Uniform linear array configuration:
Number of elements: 12
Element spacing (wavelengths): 0.25
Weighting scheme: blackman
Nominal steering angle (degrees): -30
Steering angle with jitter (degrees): -31.168
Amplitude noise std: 0.05
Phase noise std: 0.05

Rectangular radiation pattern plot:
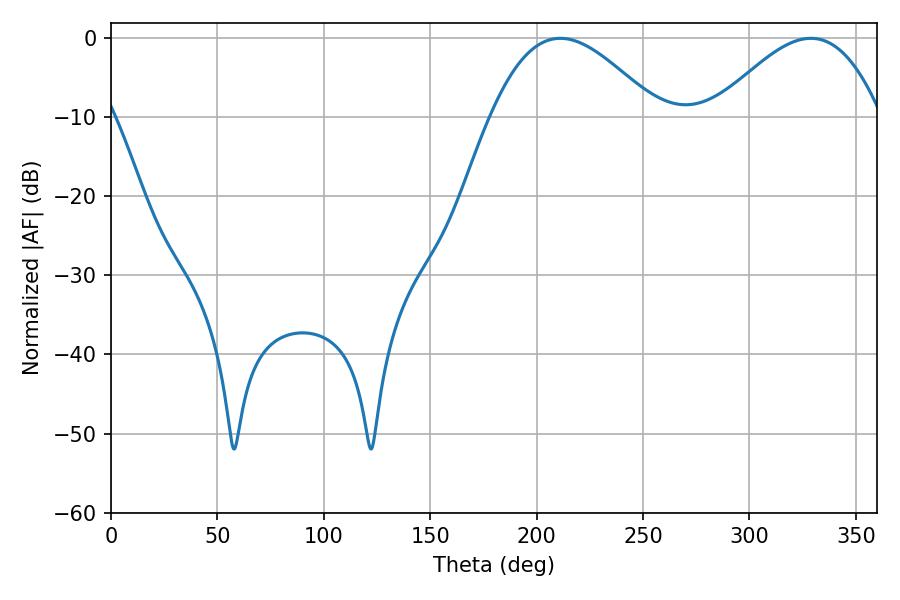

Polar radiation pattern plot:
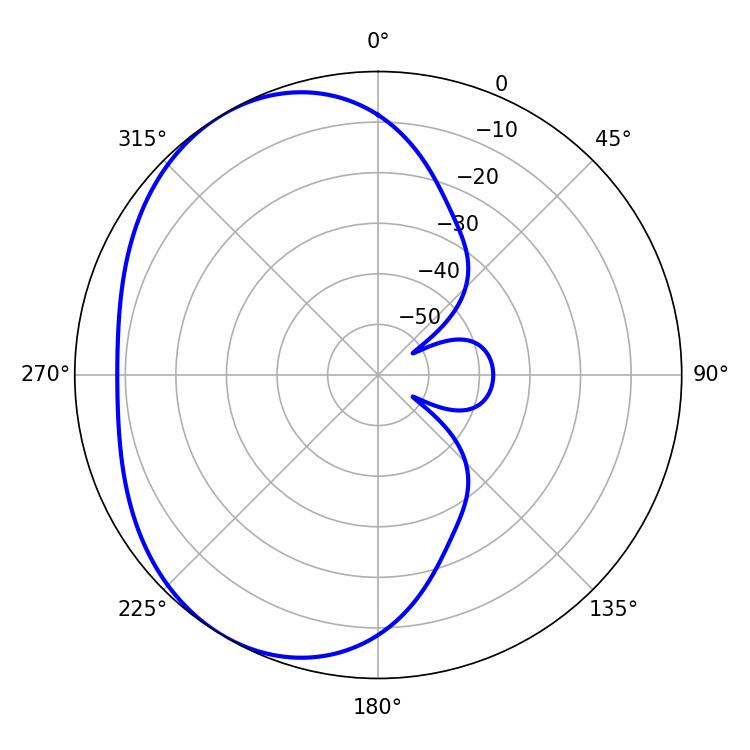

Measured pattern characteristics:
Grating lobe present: FALSE
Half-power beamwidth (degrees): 42.3
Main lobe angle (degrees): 211.14